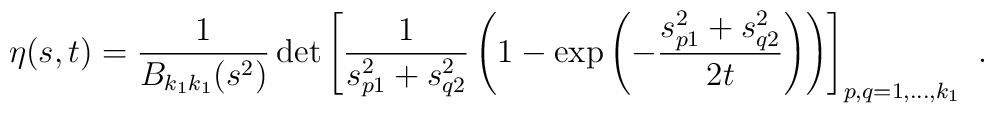
\eta(s,t) = \frac{1}{B_{k_1k_1}(s^2)} \,                    {\rm det}\left[\frac{1}{s_{p1}^2+s_{q2}^2}                   \left(1-\exp\left(-\frac{s_{p1}^2+s_{q2}^2}{2t}\right)                     \right)\right]_{p,q=1,\ldots,k_1} \ .